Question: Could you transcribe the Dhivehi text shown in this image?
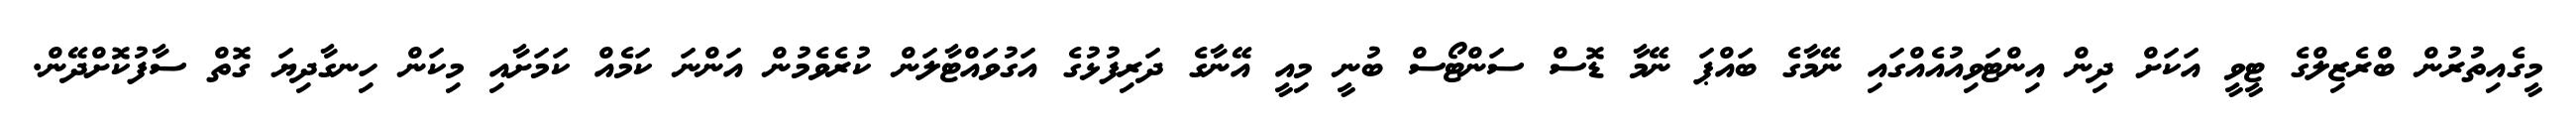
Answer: މީގެއިތުރުން ބްރެޒިލްގެ ޓީވީ އަކަށް ދިން އިންޓަވިއުއެއްގައި ނޭމާގެ ބައްޕަ ނޭމާ ޑޮސް ސަންޓޯސް ބުނީ މިއީ އޭނާގެ ދަރިފުޅުގެ އަގުވައްޓާލަން ކުރެވެމުން އަންނަ ކަމެއް ކަމަށާއި މިކަން ހިނގާދިޔަ ގޮތް ސާފުކޮށްދޭން.